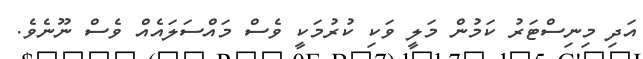
އަދި މިނިސްޓަރު ކަމުން މަލީ ވަކި ކުރުމަކީ ވެސް މައްސަލައެއް ވެސް ނޫނެވެ.